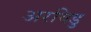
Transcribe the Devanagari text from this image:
अरविडु